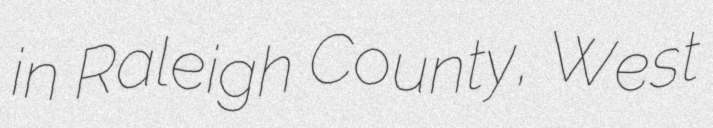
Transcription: in Raleigh County, West